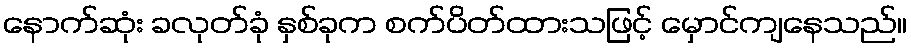
နောက်ဆုံး ခလုတ်ခုံ နှစ်ခုက စက်ပိတ်ထားသဖြင့် မှောင်ကျနေသည်။